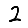
Digit: 2